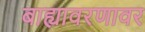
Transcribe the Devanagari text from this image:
बाह्यावरणावर